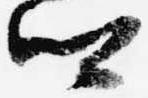
卿